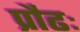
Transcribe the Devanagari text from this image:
प्रौढः